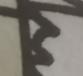
Signature authenticity: forged